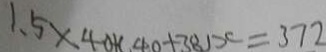
1 . 5 \times 4 0 + ( 4 0 + 3 8 ) > c = 3 7 2